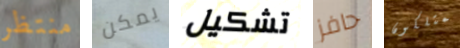
منتظر يمكن تشكيل حافز يمتلكون